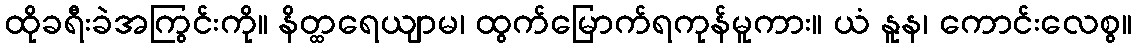
ထိုခရီးခဲအကြွင်းကို။ နိတ္ထရေယျာမ၊ ထွက်မြောက်ရကုန်မူကား။ ယံ နူန၊ ကောင်းလေစွ။